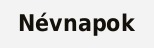
Névnapok